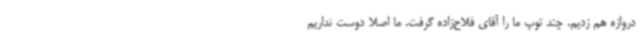
دروازه هم زدیم. چند توپ ما را آقای فلاح‌زاده گرفت. ما اصلا دوست نداریم